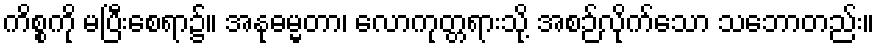
ကိစ္စကို မပြီးစေရာ၌။ အနုဓမ္မတာ၊ လောကုတ္တရားသို့ အစဉ်လိုက်သော သဘောတည်း။